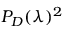
P _ { D } ( \lambda ) ^ { 2 }